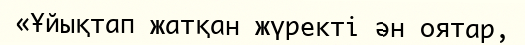
«Ұйықтап жатқан жүректі ән оятар,